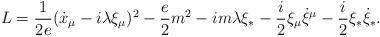
LaTeX: \begin{align*}L=\frac{1}{2e}(\dot{x}_\mu-i\lambda\xi_\mu)^2-\frac{e}{2}m^2-im\lambda\xi_*-\frac{i}{2}\xi_\mu\dot{\xi}{}^{\mu}-\frac{i}{2}\xi_*\dot{\xi}_*.\end{align*}